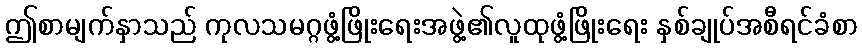
ဤစာမျက်နှာသည် ကုလသမဂ္ဂဖွံ့ဖြိုးရေးအဖွဲ့၏လူထုဖွံ့ဖြိုးရေး နှစ်ချုပ်အစီရင်ခံစာ